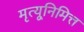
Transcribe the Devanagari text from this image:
मृत्यूनिमित्त